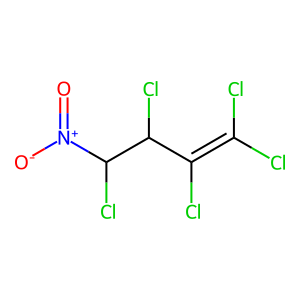
SMILES: O=[N+]([O-])C(Cl)C(Cl)C(Cl)=C(Cl)Cl
Inhibits HIV replication: No